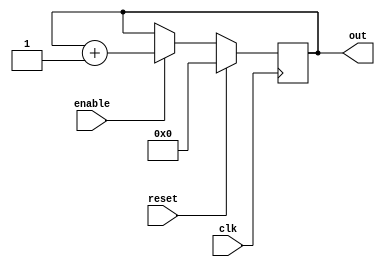
// up counter for test with cosa

module counter(
out,
enable,
clk,
reset
	       );
   output [7:0] out;

   input       enable,clk,reset;

   reg [7:0]   out;
   
always @(posedge clk)
  if (reset) begin
     out <= 8'b0;
  end else if (enable) begin
     out <= out+1;
  end 

`ifdef FORMAL
   assert property (out != 256);
`endif
 
endmodule // counter